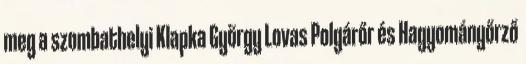
meg a szombathelyi Klapka György Lovas Polgárőr és Hagyományőrző